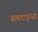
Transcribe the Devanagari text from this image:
सबटाइप्स